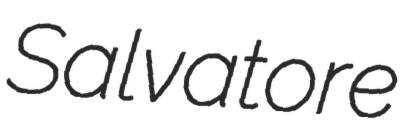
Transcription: Salvatore